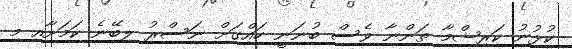
ކުޅުނު ކަރިޝްމާ ތަންނާ ވެސް ބުނަނީ ހައްގަށް ނަސްރު ލިބޭނެ ކަމަށާއި މި